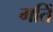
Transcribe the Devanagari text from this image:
गतिं